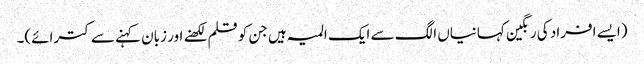
(ایسے افراد کی رنگین کہانیاں الگ سے ایک المیہ ہیں جن کو قلم لکھنے اور زبان کہنے سے کترائے)۔